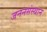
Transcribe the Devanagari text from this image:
जननसंस्थान